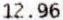
12.96